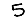
Digit: 5